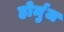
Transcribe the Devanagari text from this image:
होर्मुज